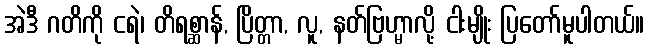
အဲဒီ ဂတိကို ငရဲ၊ တိရစ္ဆာန်, ပြိတ္တာ, လူ, နတ်ဗြဟ္မာလို့ ငါးမျိုး ပြတော်မူပါတယ်။